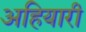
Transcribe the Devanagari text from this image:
अहियारी